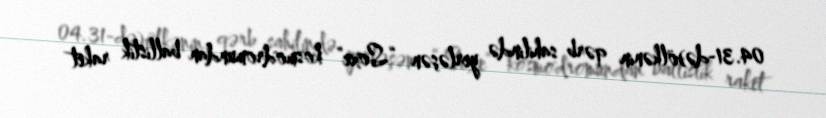
04.31-də)ölkənin qərb sahilində yerləşən “Soxe” kosmodromundan ballistik raket